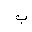
Letter: _ba